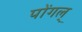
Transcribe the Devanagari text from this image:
पोंगल्